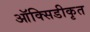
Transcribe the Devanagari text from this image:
ऑक्सिडीकृत